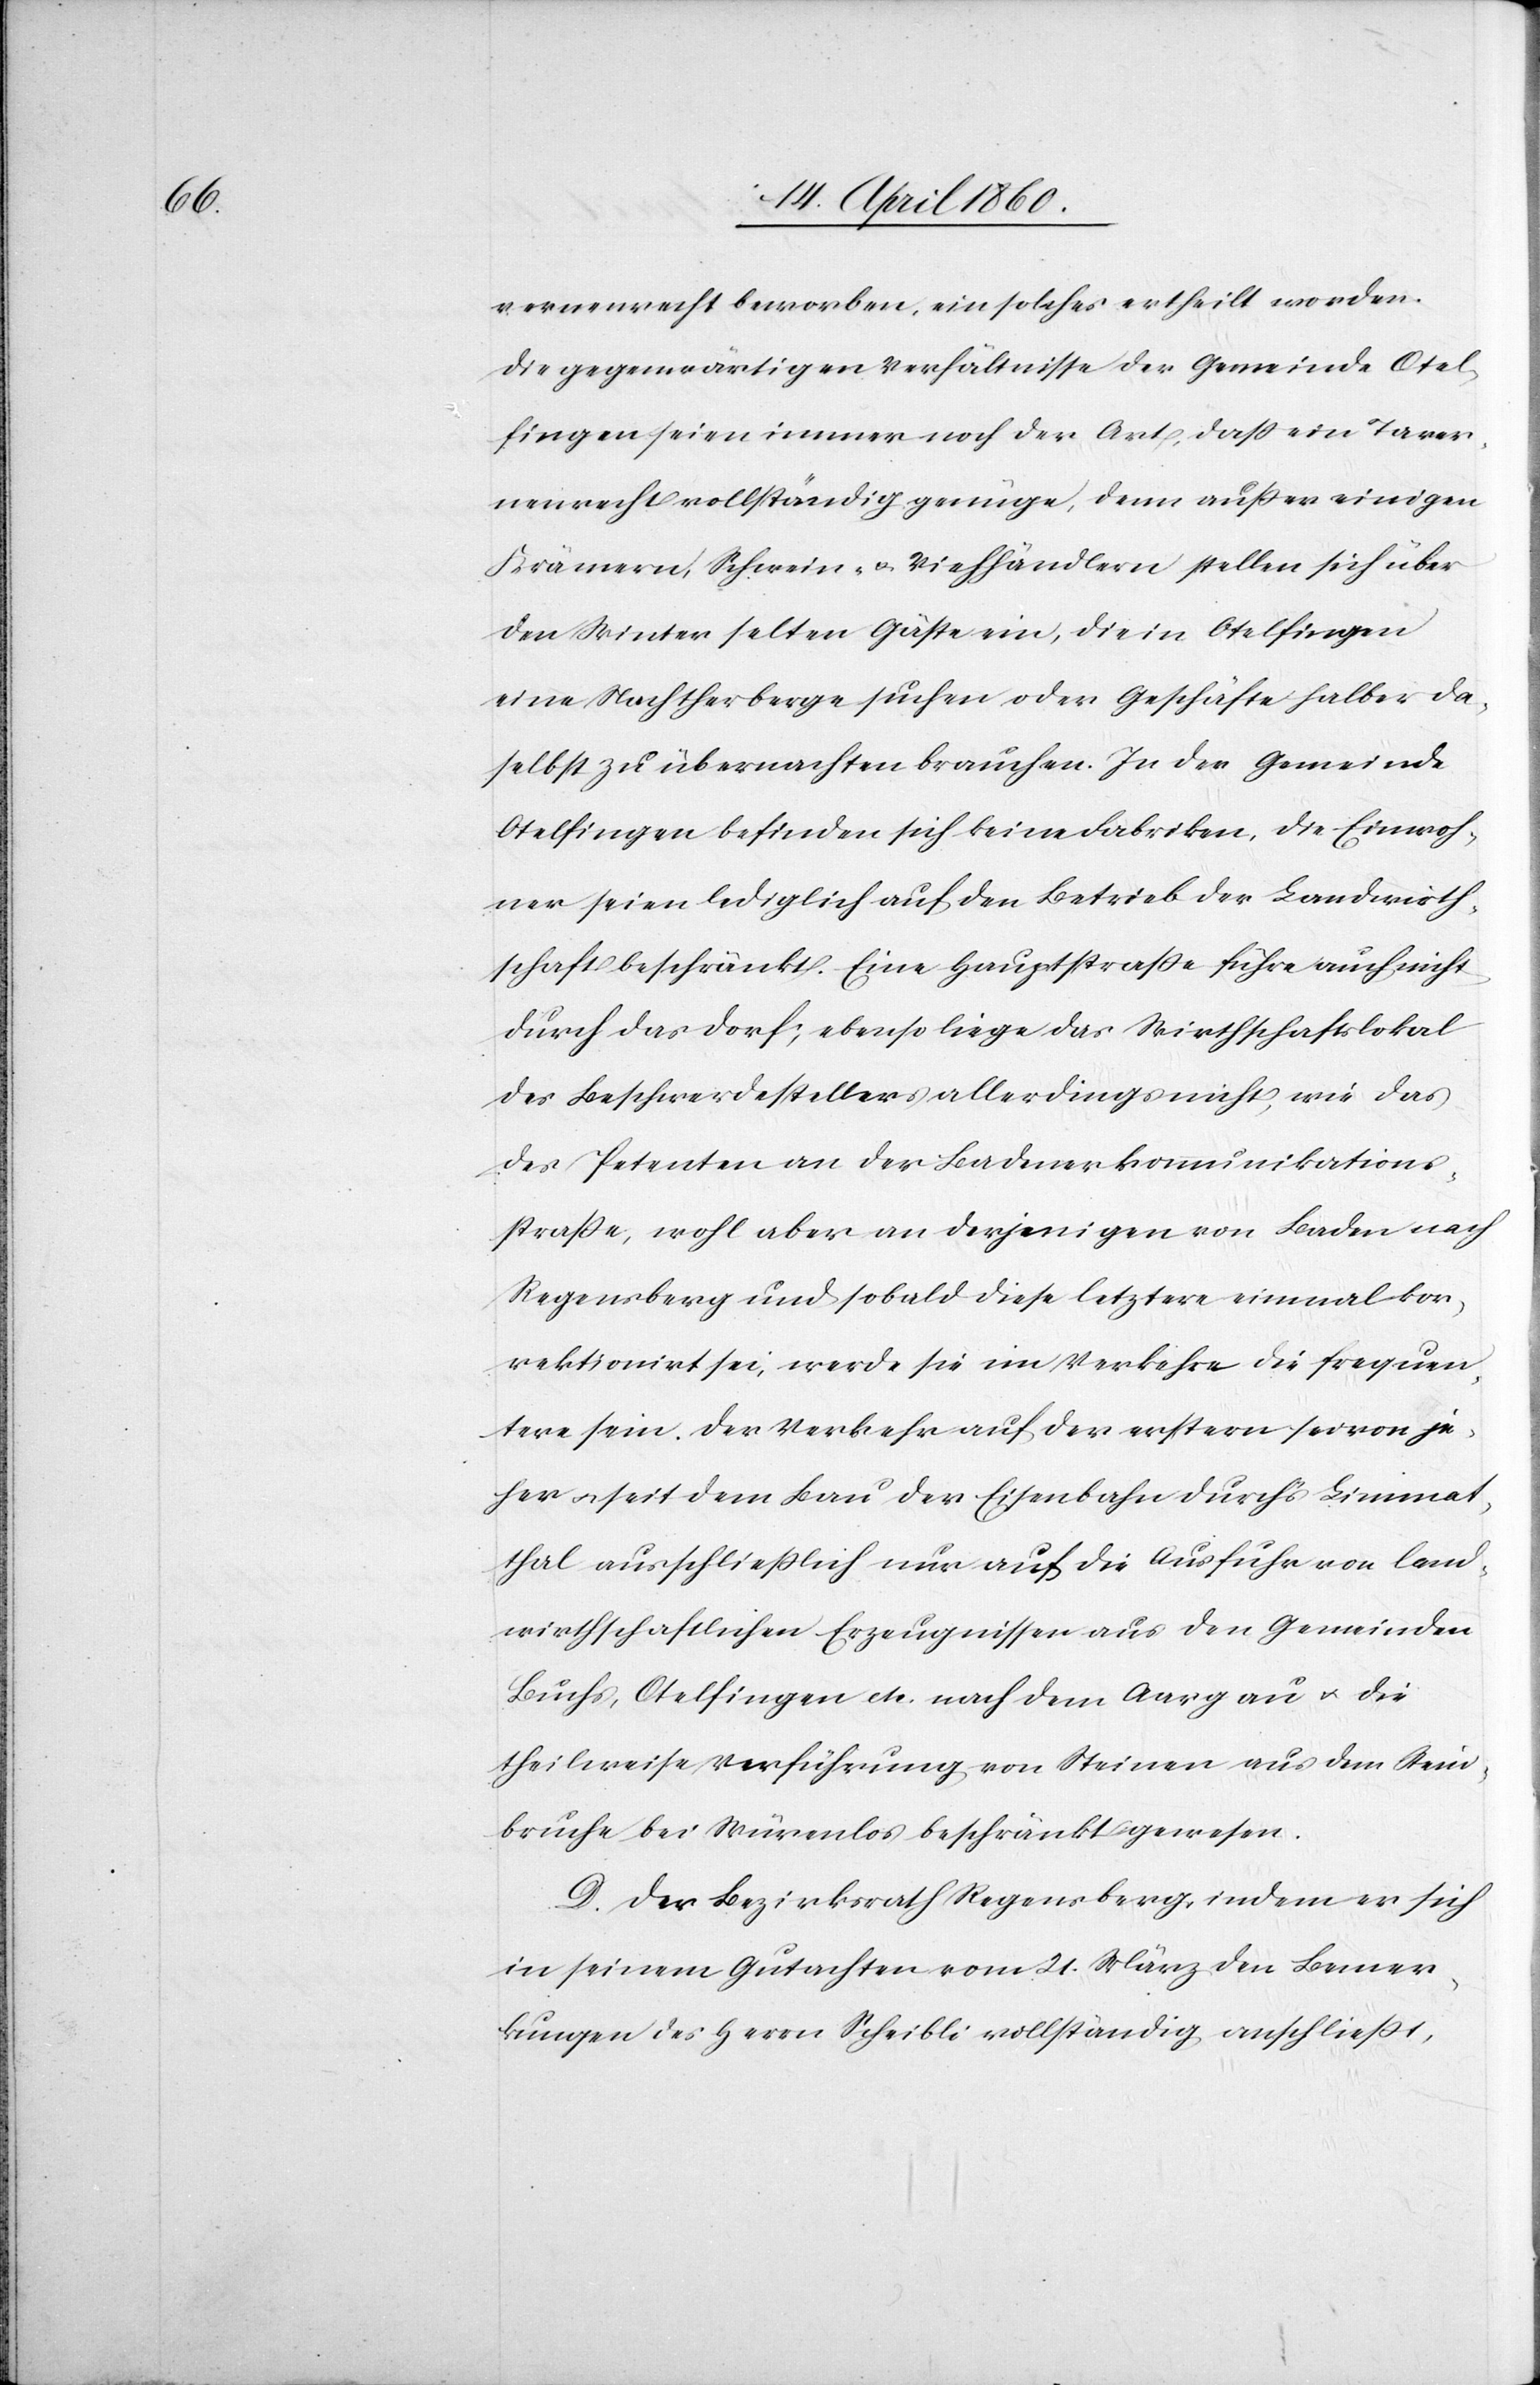
vernenrecht beworben, ein solches ertheilt worden.
Die gegenwärtigen Verhältnisse der Gemeinde Otel¬
fingen seien immer noch der Art, dass ein Taver¬
nenrecht vollständig genüge, denn ausser einigen
Krämern, Schwein- u. Viehhändlern stellen sich über
den Winter selten Gäste ein, die in Otelfingen
eine Nachtherberge suchen oder Geschäfte halber da¬
selbst zu übernachten brauchen. In der Gemeinde
Otelfingen befinden sich keine Fabriken, die Einwoh¬
ner seien lediglich auf den Betreib der Landwirth¬
schaft beschränkt. Eine Hauptstrasse führe auch nicht
durch das Dorf; ebenso liege das Wirthschaftslokal
des Beschwerdestellers allerdings nicht, wie das
des Petenten an der Badenerkommunikations¬
strasse, wohl aber an derjenigen von Baden nach
Regensberg und sobald diese letztere einmal kor¬
rektionirt sei, werde sie im Verkehr die frequen¬
tere sein. Der Verkehr auf der erstern sei von je¬
her u. seit dem Bau der Eisenbahn durchs Limmat¬
thal ausschliesslich nur auf die Ausfuhr von land¬
wirthschaftlichen Erzeugnissen aus den Gemeinden
Buchs, Otelfingen etc. nach dem Aargau u. die
theilweise Verführung von Steinen aus dem Stein¬
bruche bei Würenlos beschränkt gewesen.
D. Der Bezirksrath Regensberg, indem er sich
in einem Gutachten vom 21. März den Bemer¬
kungen des Herrn Scheibli vollständig anschliesst,